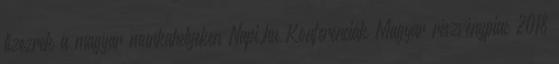
tízezrek a magyar munkahelyeken Napi.hu Konferenciák Magyar részvénypiac 2018